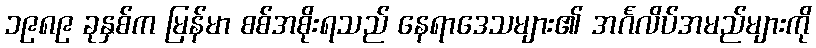
၁၉၈၉ ခုနှစ်က မြန်မာ စစ်အစိုးရသည် နေရာဒေသများ၏ အင်္ဂလိပ်အမည်များကို